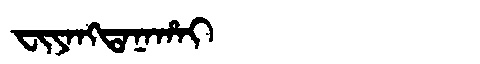
Manchu: ᠸᡳᠶᠠᠩᡨᠠᠨᠠᡥᠠᡳ
Romanization: FIYANGTANAHAI